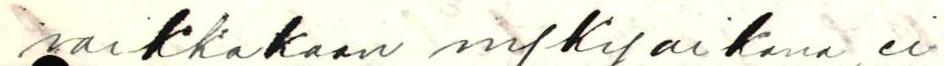
vaikkakaan nykyaikana, ei